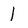
Character: I